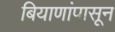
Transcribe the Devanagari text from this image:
बियाणांपासून